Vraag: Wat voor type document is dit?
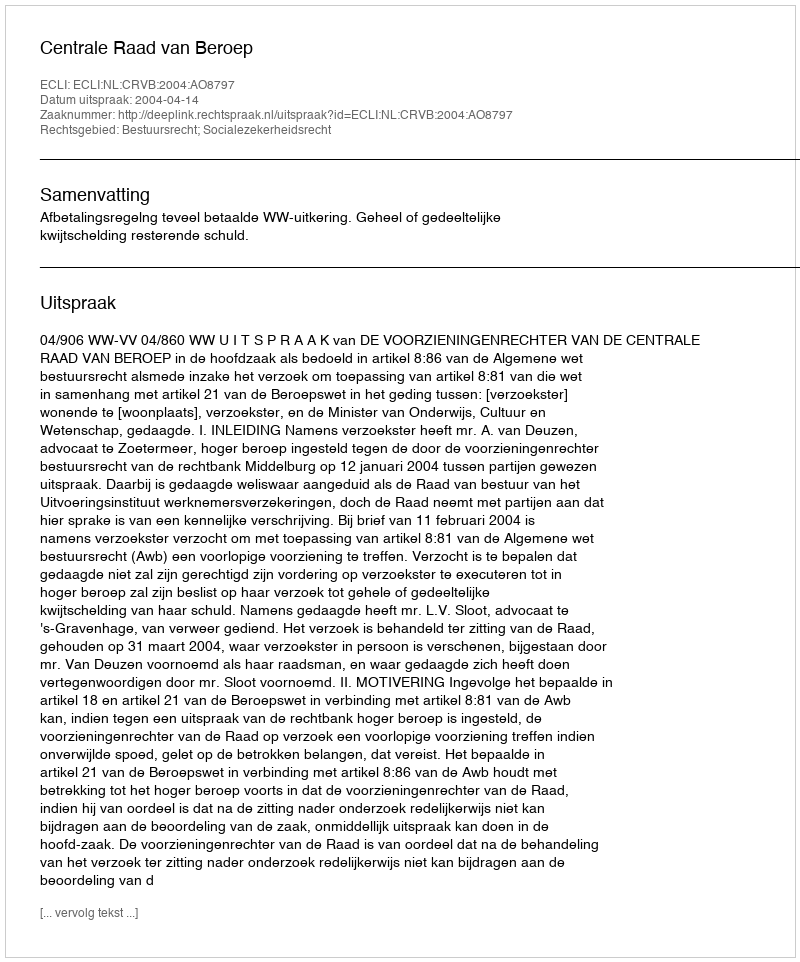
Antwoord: Uitspraak